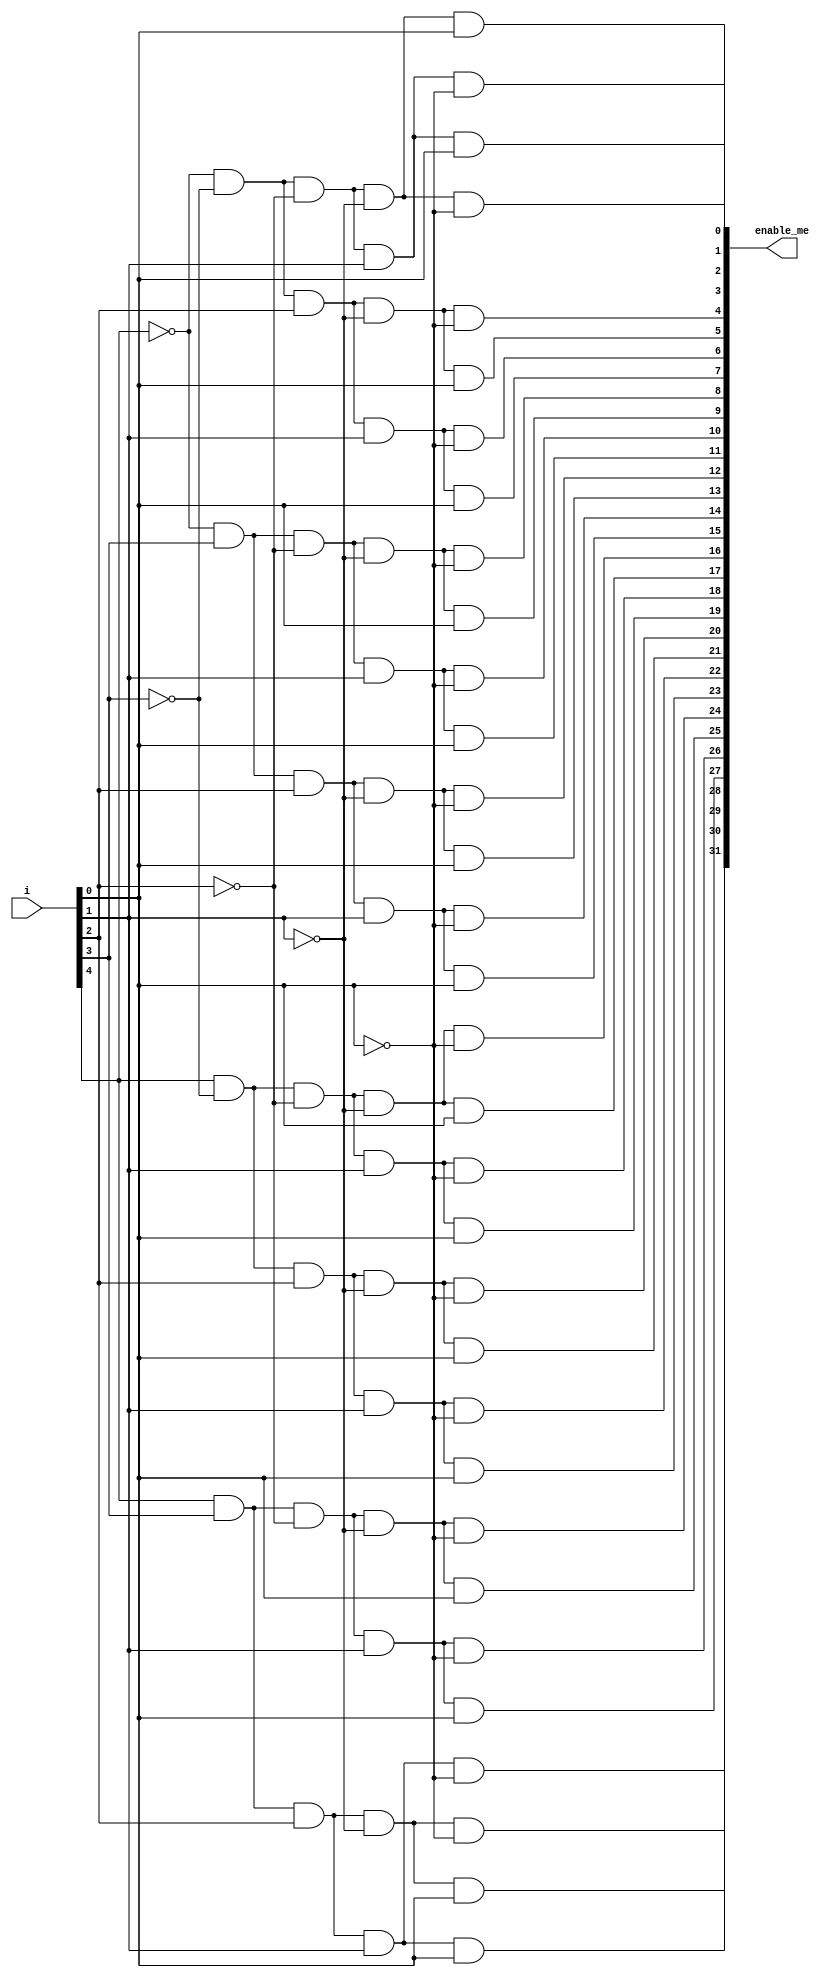
module decoder (
    i,
	 enable_me
);

   input [4:0] i;
	wire n0,n1,n2,n3,n4;
	output [31:0] enable_me;
	
	// not each bit of in
	not not0(n0, i[0]);
	not not1(n1, i[1]);
	not not2(n2, i[2]);
	not not3(n3, i[3]);
	not not4(n4, i[4]);
	
	// enable register 0
	and and0 (enable_me[0] ,   n4,   n3,   n2,   n1,   n0);
	// enable register 1
	and and1 (enable_me[1] ,   n4,   n3,   n2,   n1, i[0]);
	// enable register 2
	and and2 (enable_me[2] ,   n4,   n3,   n2, i[1],   n0);
	// enable register 3
	and and3 (enable_me[3] ,   n4,   n3,   n2, i[1], i[0]);
	// enable register 4
	and and4 (enable_me[4] ,   n4,   n3, i[2],   n1,   n0);
	// enable register 5
	and and5 (enable_me[5] , 	n4,	n3, i[2], 	n1, i[0]);
	// enable register 6
	and and6 (enable_me[6] , 	n4,	n3, i[2], i[1],   n0);
	// enable register 7
	and and7 (enable_me[7] , 	n4,	n3, i[2], i[1], i[0]);
	// enable register 8
	and and8 (enable_me[8] ,   n4, i[3],   n2,   n1,   n0);
	// enable register 9
	and and9 (enable_me[9] ,   n4, i[3],   n2,   n1, i[0]);
	// enable register 10
	and and10(enable_me[10],   n4, i[3],   n2, i[1], 	n0);
	// enable register 11
	and and11(enable_me[11],   n4, i[3],   n2, i[1], i[0]);
	// enable register 12
	and and12(enable_me[12],   n4, i[3], i[2],   n1,   n0);
	// enable register 13
	and and13(enable_me[13],   n4, i[3], i[2],   n1, i[0]);
	// enable register 14
	and and14(enable_me[14],   n4, i[3], i[2], i[1], 	n0);
	// enable register 15
	and and15(enable_me[15],   n4, i[3], i[2], i[1], i[0]);
	// enable register 16
	and and16(enable_me[16], i[4],   n3,   n2,   n1,   n0);
	// enable register 17
	and and17(enable_me[17], i[4],   n3,   n2,   n1, i[0]);
	// enable register 18
	and and18(enable_me[18], i[4],   n3,   n2, i[1], 	n0);
	// enable register 19
	and and19(enable_me[19], i[4],   n3,   n2, i[1], i[0]);
	// enable register 20
	and and20(enable_me[20], i[4],   n3, i[2],   n1,   n0);
	// enable register 21
	and and21(enable_me[21], i[4],   n3, i[2],   n1, i[0]);
	// enable register 22
	and and22(enable_me[22], i[4],   n3, i[2], i[1],   n0);
	// enable register 23
	and and23(enable_me[23], i[4],   n3, i[2], i[1], i[0]);
	// enable register 24
	and and24(enable_me[24], i[4], i[3],   n2,   n1,   n0);
	// enable register 25
	and and25(enable_me[25], i[4], i[3],   n2,   n1, i[0]);
	// enable register 26
	and and26(enable_me[26], i[4], i[3],   n2, i[1],   n0);
	// enable register 27
	and and27(enable_me[27], i[4], i[3],   n2, i[1], i[0]);
	// enable register 28
	and and28(enable_me[28], i[4], i[3], i[2],   n1,   n0);
	// enable register 29
	and and29(enable_me[29], i[4], i[3], i[2],   n1, i[0]);
	// enable register 30
	and and30(enable_me[30], i[4], i[3], i[2], i[1],   n0);
	// enable register 31
	and and31(enable_me[31], i[4], i[3], i[2], i[1], i[0]);
	
endmodule